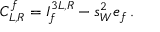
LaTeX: C _ { L , R } ^ { f } = I _ { f } ^ { 3 L , R } - s _ { W } ^ { 2 } e _ { f } \, .